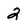
Character: 2